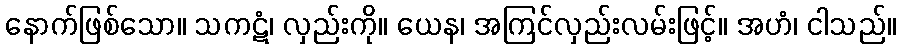
နောက်ဖြစ်သော။ သကဋံ၊ လှည်းကို။ ယေန၊ အကြင်လှည်းလမ်းဖြင့်။ အဟံ၊ ငါသည်။